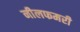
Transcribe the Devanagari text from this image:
नीलफमरी